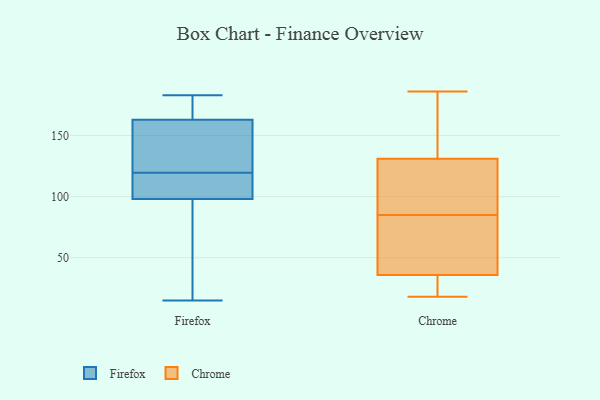
{"axis": {"x": "Page Views", "y": "Value"}, "legend": ["Chrome", "Firefox"], "data": [{"x": "", "y": 104, "type": "Firefox"}, {"x": "", "y": 120, "type": "Firefox"}, {"x": "", "y": 117, "type": "Firefox"}, {"x": "", "y": 98, "type": "Firefox"}, {"x": "", "y": 87, "type": "Firefox"}, {"x": "", "y": 183, "type": "Firefox"}, {"x": "", "y": 169, "type": "Firefox"}, {"x": "", "y": 150, "type": "Firefox"}, {"x": "", "y": 163, "type": "Firefox"}, {"x": "", "y": 179, "type": "Firefox"}, {"x": "", "y": 15, "type": "Firefox"}, {"x": "", "y": 102, "type": "Firefox"}, {"x": "", "y": 119, "type": "Firefox"}, {"x": "", "y": 180, "type": "Firefox"}, {"x": "", "y": 44, "type": "Firefox"}, {"x": "", "y": 91, "type": "Firefox"}, {"x": "", "y": 154, "type": "Firefox"}, {"x": "", "y": 138, "type": "Firefox"}, {"x": "", "y": 119, "type": "Chrome"}, {"x": "", "y": 135, "type": "Chrome"}, {"x": "", "y": 33, "type": "Chrome"}, {"x": "", "y": 118, "type": "Chrome"}, {"x": "", "y": 85, "type": "Chrome"}, {"x": "", "y": 21, "type": "Chrome"}, {"x": "", "y": 179, "type": "Chrome"}, {"x": "", "y": 186, "type": "Chrome"}, {"x": "", "y": 18, "type": "Chrome"}, {"x": "", "y": 74, "type": "Chrome"}, {"x": "", "y": 44, "type": "Chrome"}]}